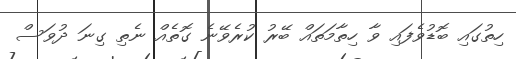
ހިތުގައި ބޮޑުވެފައި ވާ ހިތާމަތައް ބޭރު ކުރެވޭނެ ގޮތެއް ނެތި ގިނަ ދުވަސް